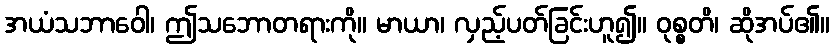
အယံသဘာဝေါ၊ ဤသဘောတရားကို။ မာယာ၊ လှည့်ပတ်ခြင်းဟူ၍။ ဝုစ္စတိ၊ ဆိုအပ်၏။